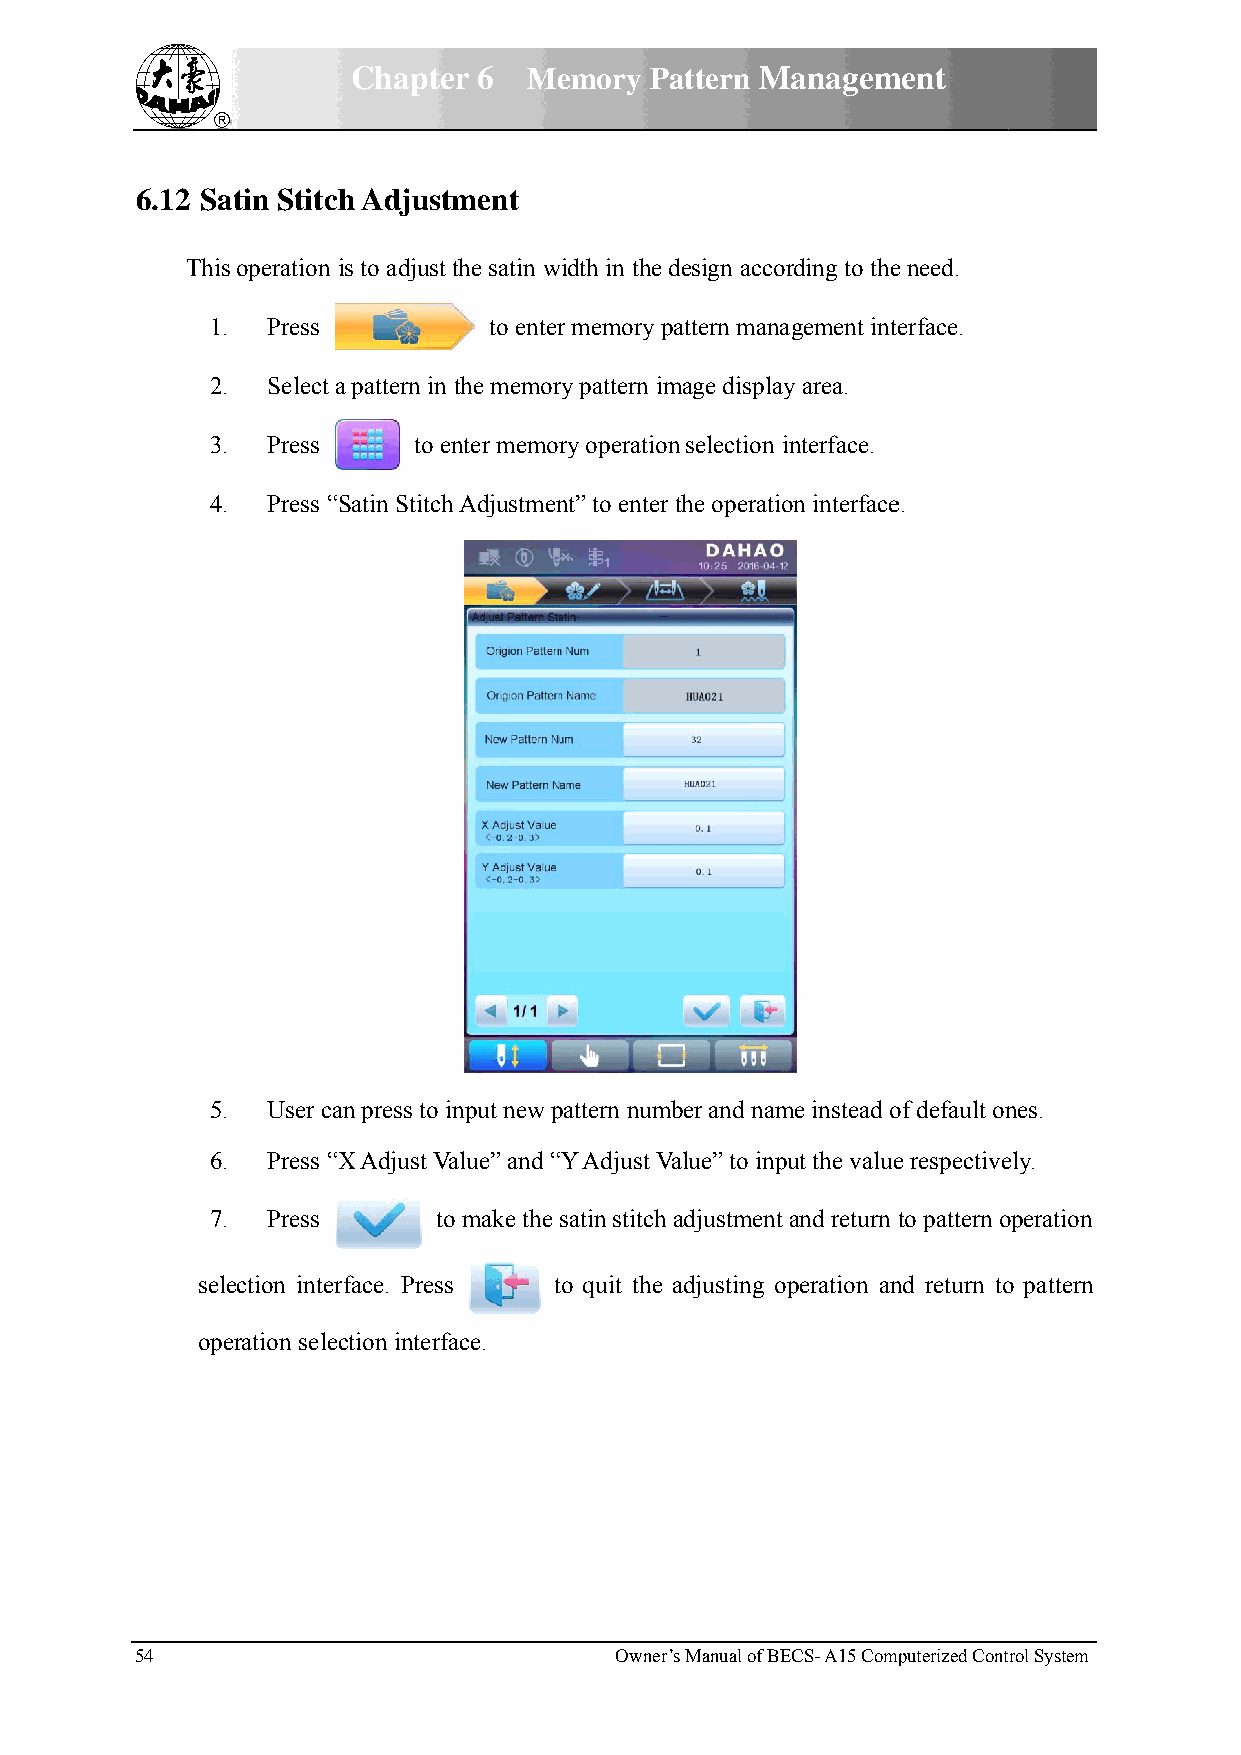
Chapteer 6  Meemory Paattern MManagemment
 6.12 Saatin Stitcch Adjusttment
 Thiss operation is to adjust the satin width in the ddesign accoording to thee need.
 1.. Press         to enterr memory pattern manaagement intterface.
 2.. Select aa pattern in the memorry pattern immage displayy area.
 3.. Press    to eenter memorry operationn selection iinterface.
 4.. Press ““Satin Stitchh Adjustmennt” to enterthe operatioon interfacee.
 5.. User caan press to iinput new ppattern numbber and namme instead oof default onnes.
 6.. Press ““X Adjust VValue” and “Y Adjust VVaalue” to inpput the valuee respectiveely.
 7.. Press      too make the ssatin stitch adjustment and return to pattern ooperation
 sellection interrface. Presss tto quit the adjusting ooperation annd return too pattern
 opeeration seleection interfface.
 54                              Owner’s Manual of BEECS- A15 Commputerized Contrrol System